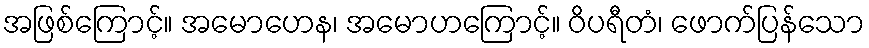
အဖြစ်ကြောင့်။ အမောဟေန၊ အမောဟကြောင့်။ ဝိပရီတံ၊ ဖောက်ပြန်သော